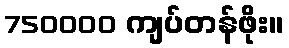
750000 ကျပ်တန်ဖိုး။